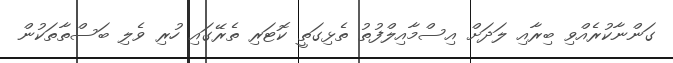
ގަންނާކުރެއްވި ބިރާއި ލަދަށް އިސްމާއިލްފުތު ތެޅިގަތީ ކޮޓަރި ތެރޭގައި ހުރި ވެލި ބަސްތާތަކުން